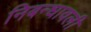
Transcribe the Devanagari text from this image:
निबन्‍धावली